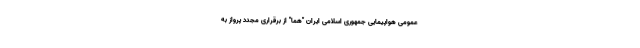
عمومی هواپیمایی جمهوری اسلامی ایران "هما" از برقراری مجدد پرواز به